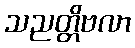
သညတ္တိဗလာ